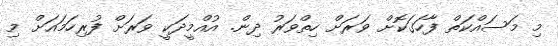
މި މަސައްކަތް ފާހަގަކޮށް ވަރަށް ހިތްވަރު ދިން. އުއްމީދަކީ ވަރަށް ފުރިހަމައަށް މި